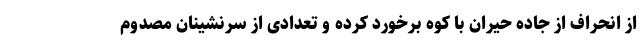
از انحراف از جاده حیران با کوه برخورد کرده و تعدادی از سرنشینان مصدوم